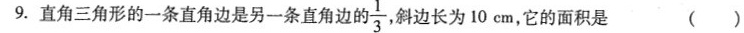
9.直角三角形的一条直角边是另一条直角边的 \frac{1}{3} 斜边长为10cm，它的面积是 ()